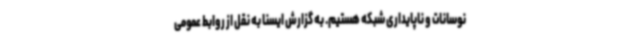
نوسانات و ناپایداری شبکه هستیم. به گزارش ایسنا به نقل از روابط عمومی